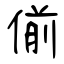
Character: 偂